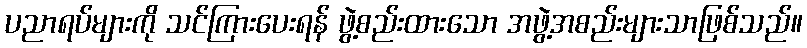
ပညာရပ်များကို သင်ကြားပေးရန် ဖွဲ့စည်းထားသော အဖွဲ့အစည်းများသာဖြစ်သည်။